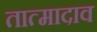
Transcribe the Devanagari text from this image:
तात्मादाव